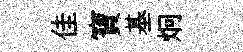
佳寶基炯